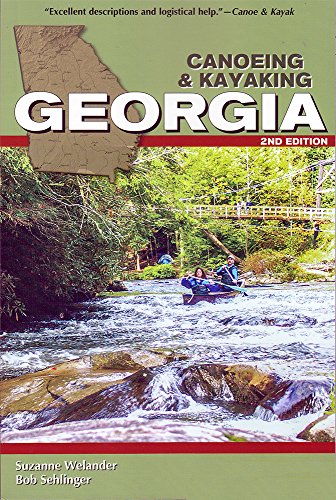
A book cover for Canoeing & Kayaking Georgia (Canoe and Kayak Series); Suzanne Welander; Sports & Outdoors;